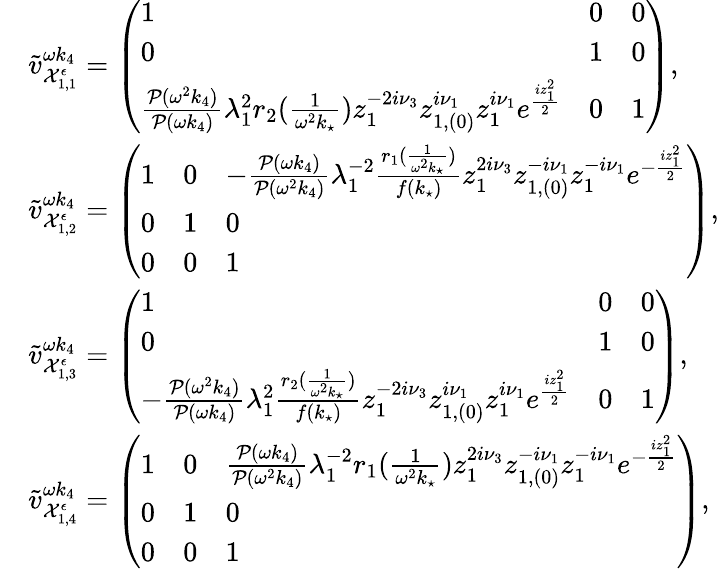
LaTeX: \begin{array}{rl}&{\tilde{v}_{\mathcal{X}_{1,1}^{\epsilon}}^{\omega k_{4}}=\left(\begin{array}{lll}{1}&{0}&{0}\\ {0}&{1}&{0}\\ {\frac{\mathcal{P}(\omega^{2}k_{4})}{\mathcal{P}(\omega k_{4})}\lambda_{1}^{2}r_{2}(\frac{1}{\omega^{2}k_{\star}})z_{1}^{-2i\nu_{3}}z_{1,(0)}^{i\nu_{1}}z_{1}^{i\nu_{1}}e^{\frac{iz_{1}^{2}}{2}}}&{0}&{1}\end{array}\right),}\\ &{\tilde{v}_{\mathcal{X}_{1,2}^{\epsilon}}^{\omega k_{4}}=\left(\begin{array}{lll}{1}&{0}&{-\frac{\mathcal{P}(\omega k_{4})}{\mathcal{P}(\omega^{2}k_{4})}\lambda_{1}^{-2}\frac{r_{1}(\frac{1}{\omega^{2}k_{\star}})}{f(k_{\star})}z_{1}^{2i\nu_{3}}z_{1,(0)}^{-i\nu_{1}}z_{1}^{-i\nu_{1}}e^{-\frac{iz_{1}^{2}}{2}}}\\ {0}&{1}&{0}\\ {0}&{0}&{1}\end{array}\right),}\\ &{\tilde{v}_{\mathcal{X}_{1,3}^{\epsilon}}^{\omega k_{4}}=\left(\begin{array}{lll}{1}&{0}&{0}\\ {0}&{1}&{0}\\ {-\frac{\mathcal{P}(\omega^{2}k_{4})}{\mathcal{P}(\omega k_{4})}\lambda_{1}^{2}\frac{r_{2}(\frac{1}{\omega^{2}k_{\star}})}{f(k_{\star})}z_{1}^{-2i\nu_{3}}z_{1,(0)}^{i\nu_{1}}z_{1}^{i\nu_{1}}e^{\frac{iz_{1}^{2}}{2}}}&{0}&{1}\end{array}\right),}\\ &{\tilde{v}_{\mathcal{X}_{1,4}^{\epsilon}}^{\omega k_{4}}=\left(\begin{array}{lll}{1}&{0}&{\frac{\mathcal{P}(\omega k_{4})}{\mathcal{P}(\omega^{2}k_{4})}\lambda_{1}^{-2}r_{1}(\frac{1}{\omega^{2}k_{\star}})z_{1}^{2i\nu_{3}}z_{1,(0)}^{-i\nu_{1}}z_{1}^{-i\nu_{1}}e^{-\frac{iz_{1}^{2}}{2}}}\\ {0}&{1}&{0}\\ {0}&{0}&{1}\end{array}\right),}\end{array}